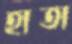
হাতা